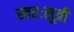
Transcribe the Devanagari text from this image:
स्वतःसूत्री